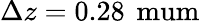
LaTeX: \Delta z=0.28\, \mathrm{\ mum}